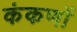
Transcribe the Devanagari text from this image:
कंकणों